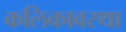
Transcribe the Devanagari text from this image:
कलिकावस्था